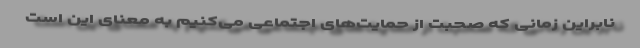
نابراین زمانی که صحبت از حمایت‌های اجتماعی می‌کنیم به معنای این است